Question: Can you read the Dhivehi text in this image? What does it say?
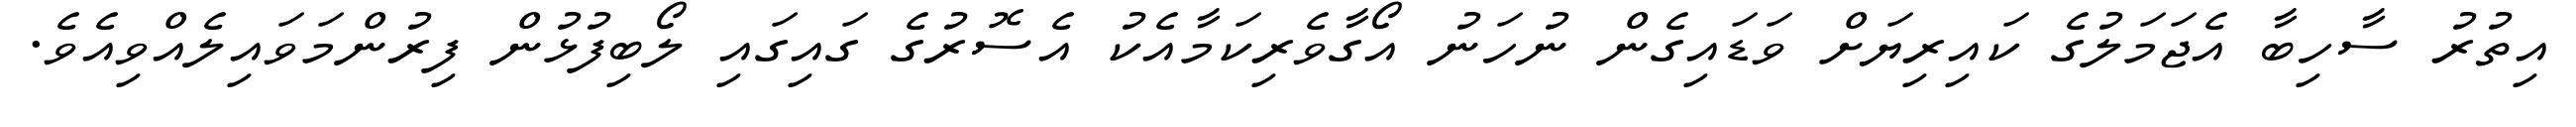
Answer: އިތުރު ސާހިބާ އެޖަމަލުގެ ކައިރިޔަށް ވަޑައިގެން ނުހަނު އޯގާވެރިކަމާއެކު އެސޮރުގެ ގައިގައި ލޯބިފުޅުން ފިރުންމަވައިލެއްވިއެވެ.